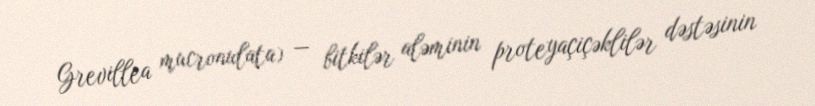
Grevillea mucronulata) — bitkilər aləminin proteyaçiçəklilər dəstəsinin